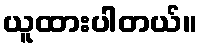
ယူထားပါတယ်။